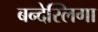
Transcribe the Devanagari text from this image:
बन्देस्लिगा